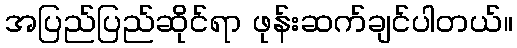
အပြည်ပြည်ဆိုင်ရာ ဖုန်းဆက်ချင်ပါတယ်။